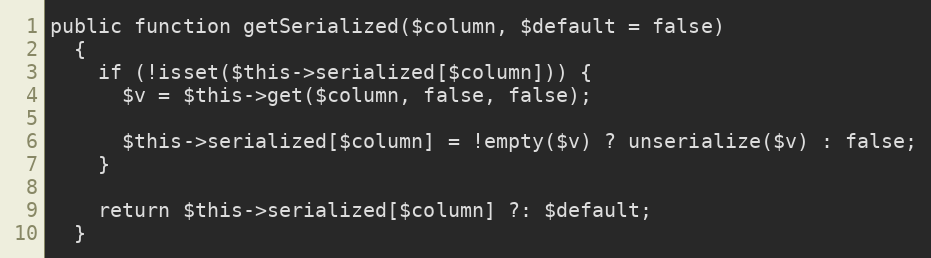
Language: PHP
public function getSerialized($column, $default = false)
  {
    if (!isset($this->serialized[$column])) {
      $v = $this->get($column, false, false);

      $this->serialized[$column] = !empty($v) ? unserialize($v) : false;
    }

    return $this->serialized[$column] ?: $default;
  }